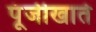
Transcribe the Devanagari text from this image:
पूंजीखाते